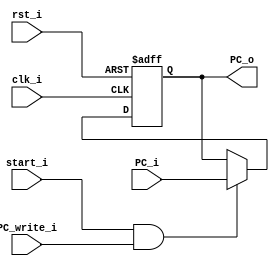
module PC
(
	clk_i,
	rst_i,
	start_i,
	PC_write_i,
	PC_i,
	PC_o
);

// Ports.
input           clk_i;
input           rst_i;
input           start_i;
input           PC_write_i;
input  [31 : 0] PC_i;
output [31 : 0] PC_o;

// Wires and registers.
reg [31 : 0] PC_o;

always @(posedge clk_i or negedge rst_i)
begin
	if (~rst_i)
	begin
		PC_o <= 32'b0;
	end
	else
	begin
		if (start_i && PC_write_i)
		begin
			PC_o <= PC_i;
		end
		else
		begin
			PC_o <= PC_o;
		end
	end
end

endmodule